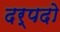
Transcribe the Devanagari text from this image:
दर्पदो